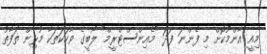
މިއީ އާންމުކޮށް މި ފެންނަ ފަދަ "މެއިންސްޓްރީމް" ލޯބީގެ ވާހަކަތަކާ މުޅިން ތަފާތު